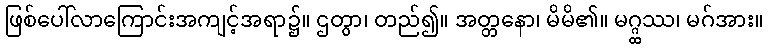
ဖြစ်ပေါ်လာကြောင်းအကျင့်အရာ၌။ ဌတွာ၊ တည်၍။ အတ္တနော၊ မိမိ၏။ မဂ္ဂ္ထဿ၊ မဂ်အား။